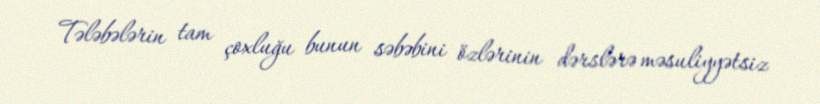
Tələbələrin tam çoxluğu bunun səbəbini özlərinin dərslərə məsuliyyətsiz